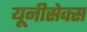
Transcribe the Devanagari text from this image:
यूनीसेक्स